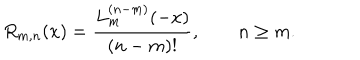
LaTeX: R _ { m , n } ( x ) = \frac { L _ { m } ^ { ( n - m ) } ( - x ) } { ( n - m ) ! } , \qquad n \ge m .